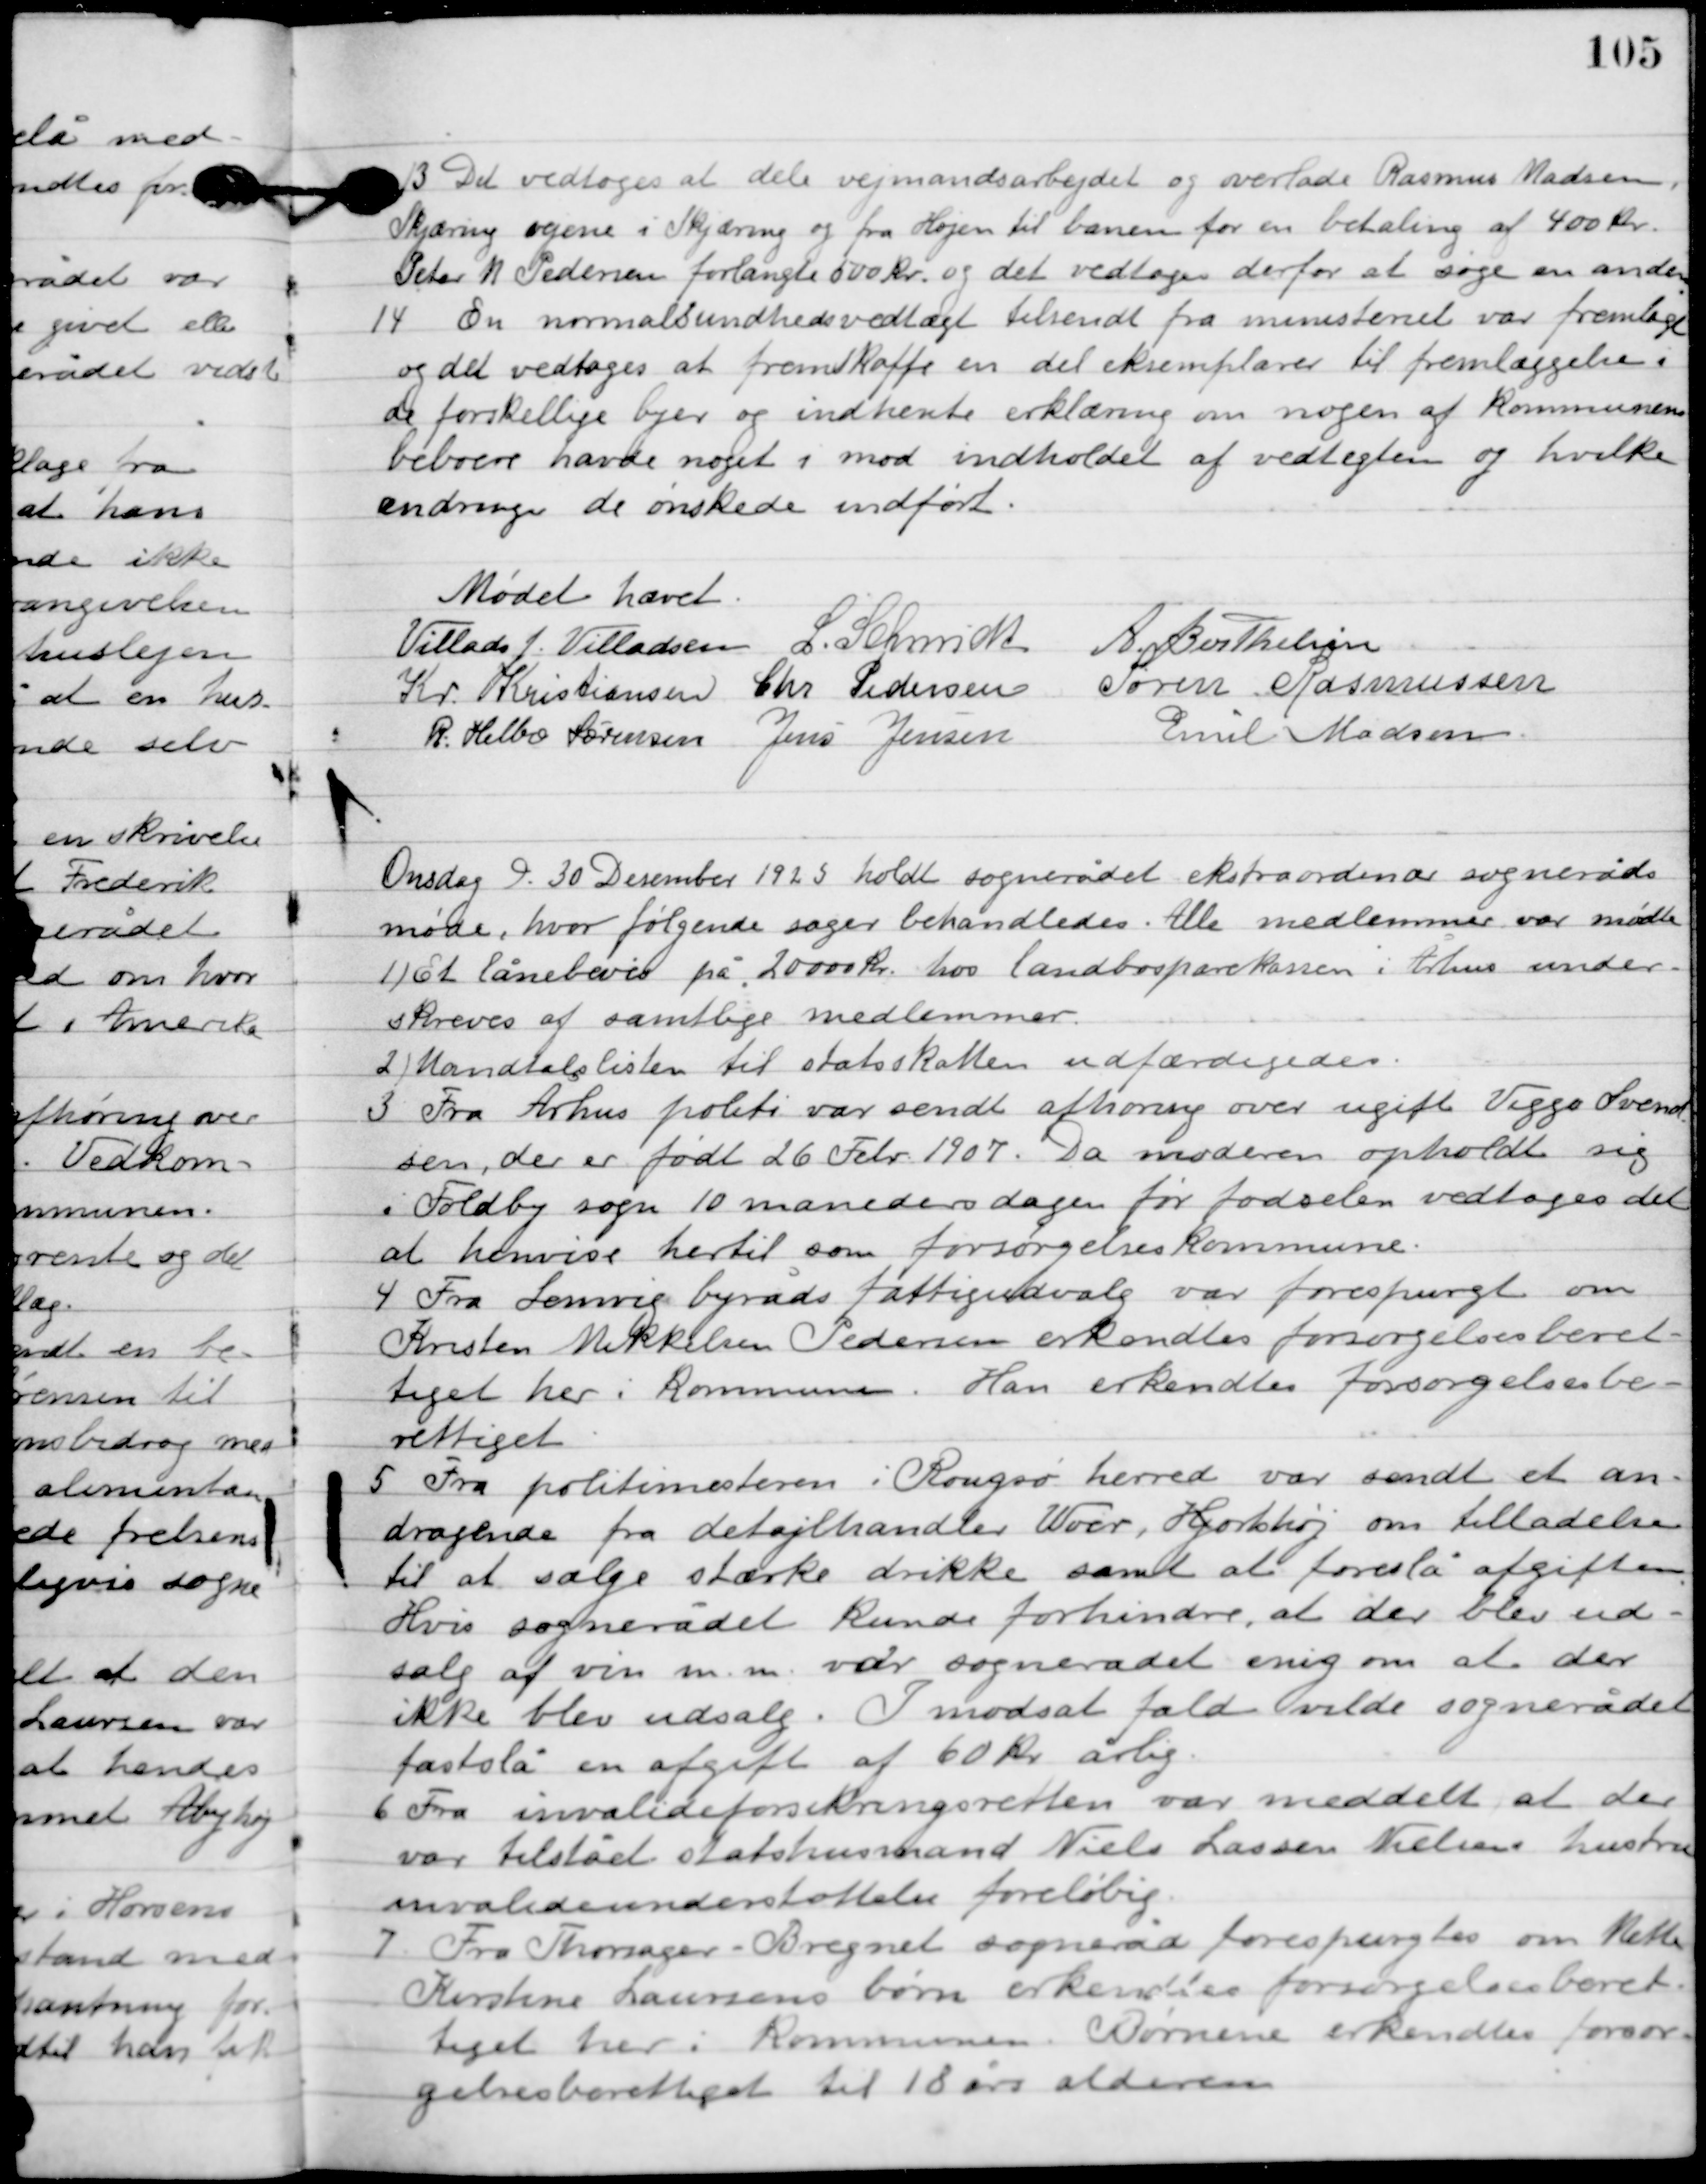
Transskription:
13

Det vedtoges t dele vejmadsarbejdet og overlade Rasmus Madsen,
Skjæring sognene i Skjæring og fra Højen til banen for en betaling af 400 kr.
Peter M. Pedersen forlangte 500 kr. og det vedtoges derfor at søge en anden.

14

En normalsundhedsvedtægt tilsendt fra ministeriet var fremlagt
og det vedtoges at fremskaffe en del eksemplarer til fremlæggelse
i de forskellige byer og indhente erklæring om nogen af kommunens
beboere have noget i mod indholdet af vedtægten og hvilke
ændringer de ønskede indført.

Mødet hævet.

Villads J. Villadsen
L. Schmidt
A. Berthelsen,
Kr. Kristiansen
Chr. Pedersen
Søren Rasmussen
R. Helbo Sørensen
Jens Jensen
Emil Madsen

Onsdag D. 30. December 1925 holdt sognerådet ekstraordinær sogneråds
møde, hvor følgende sager behandledes. Alle medlemmer var mødte.

1

Et lånebevis på 20.000 kr. hos landbosparekassen i Århus under-
skrives af samtlige medlemmer.

2

Mandtalslisten til statsskatten udfærdiges.

3

Fra Århus politi var sendt afhøring over ugift Viggo Svendsen,
der er født 26. Febr. 1907. Da moderen opholdt sig
 i Folby sogn 10 måneders dagen før fødselen vedtoges det
at henvise hertil som forsørgelseskommune.

4

Fra Lemvig byråds fattigudvalg var forespurgt om
Kristen Mikkelsen Pedersen erkendtes forsørgelses-
berettiget her i kommunen. Hen erkendtes forsørgelsesbe-
rettiget.

5

Fra politimesteren i Rougsø herred var sendt et an-
dragende fra detajlhandler Woer, Hjortshøj om tilladelse
 til at sælge stærke drikke samt at forestå afgiften.
Hvis sognerådet kunde forhindre, at er blev ud-
salg af vin m.m. var sognerådet enig om at der
ikke blev udsalg. I modsat fald vilde sognerådet
fastslå en afgift af 60 kr. årlig.

6

Fra invalideforsikringsretten var meddelt at der
var tilstået statshusmand Niels Larsen Nielsens hustru
invalideunderstøttelse foreløbig.

7

Fra Thorager-Bregnet sogneråd forespurgtes om Mette
Kirstine Laursens børn erkendtes forsørgelsesberet-
tiget her i kommunen. Børnene erkendtes forsør-
gelsesberettiget til 18 års alderen.